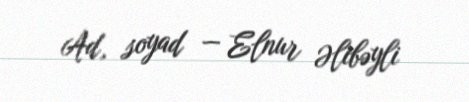
Ad, soyad — Elnur Əlibəyli